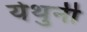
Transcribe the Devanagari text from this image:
येथुनी